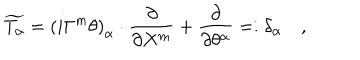
\widetilde { T _ { \alpha } } = \left( i \Gamma ^ { m } \theta \right) _ { \alpha } \cdot \frac \partial { \partial X ^ { m } } + \frac \partial { \partial \theta ^ { \alpha } } = : \delta _ { \alpha } \quad ,